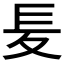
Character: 𡕣